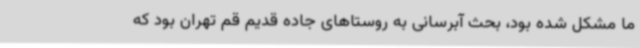
ما مشکل شده بود، بحث آبرسانی به روستاهای جاده قدیم قم تهران بود که